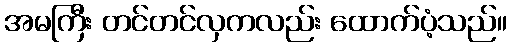
အမကြီး တင်တင်လှကလည်း ထောက်ပံ့သည်။